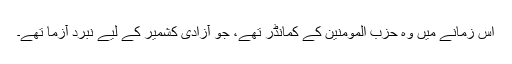
اس زمانے میں وہ حزب المومنین کے کمانڈر تھے، جو آزادی کشمیر کے لیے نبرد آزما تھے۔